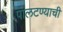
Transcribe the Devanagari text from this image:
पालटण्याची